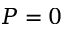
P = 0